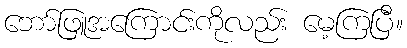
ဘော်ဖြူအကြောင်းကိုလည်း မေ့ကြပြီ။